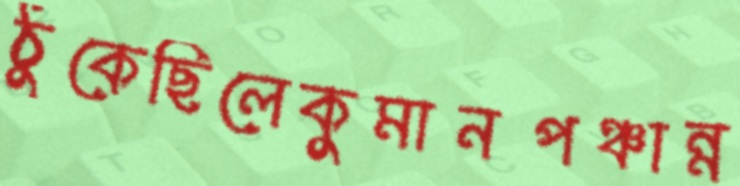
ঠুকেছিলেকুমানপঞ্চান্ন